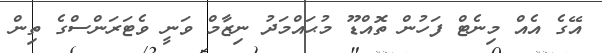
އޭގެ އެއް މިނެޓް ފަހުން ތޮއްޑޫ މުޙައްމަދު ނިޒާމް ވަނީ ވެޓަރަންސްގެ ތިން